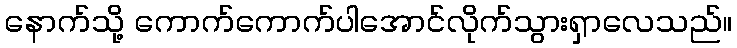
နောက်သို့ ကောက်ကောက်ပါအောင်လိုက်သွားရှာလေသည်။